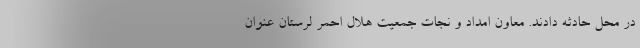
در محل حادثه دادند. معاون امداد و نجات جمعیت هلال احمر لرستان عنوان